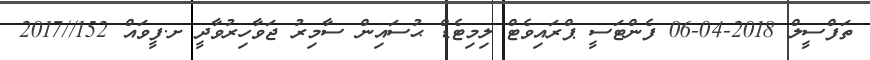
ތަފްސީލް 2018-04-06 ފެންޓަސީ ޕްރައިވެޓް ލިމިޓެޑް ޙުސައިން ސާމިރު ޖަވާހިރުވާދީ ށ.ފީވައް 152//2017